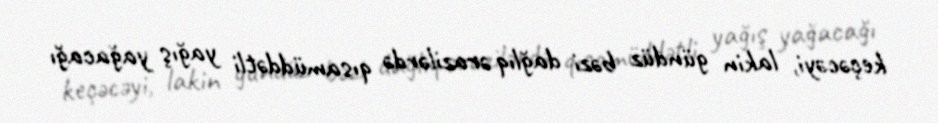
keçəcəyi, lakin gündüz bəzi dağlıq ərazilərdə qısamüddətli yağış yağacağı